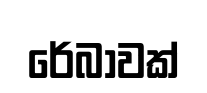
රේබාවක්